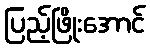
ပြည့်ဖြိုးအောင်